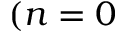
( n = 0